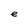
Character: e